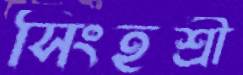
সিংহশ্রী